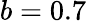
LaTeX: b=0.7